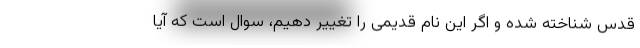
قدس شناخته شده و اگر این نام قدیمی را تغییر دهیم، سوال است که آیا